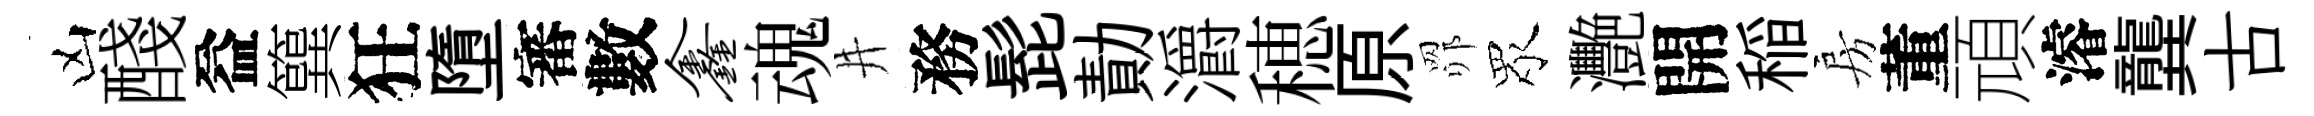
凶醆益簨狂墮審數鑫魂井務髭勣灂穂原𦊑眾灧開稲房董頑濬龔古